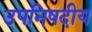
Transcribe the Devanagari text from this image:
उपनिषदीय